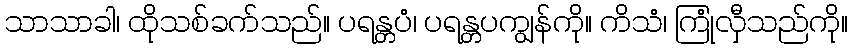
သာသာခါ၊ ထိုသစ်ခက်သည်။ ပရန္တပံ၊ ပရန္တပကျွန်ကို။ ကိသံ၊ ကြုံလှီသည်ကို။